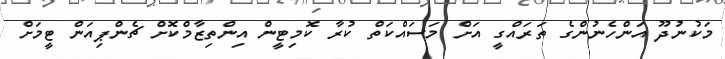
މަކުނުދޫ އަންހެނުންގެ ތަރައްގީ އަށް މަސައްކަތް ކުރާ ކޮމިޓީން އިންތިޒާމްކޮށް ޗެންޕިއަން ޓީމަށް